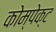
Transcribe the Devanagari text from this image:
कोम्पेक्ट